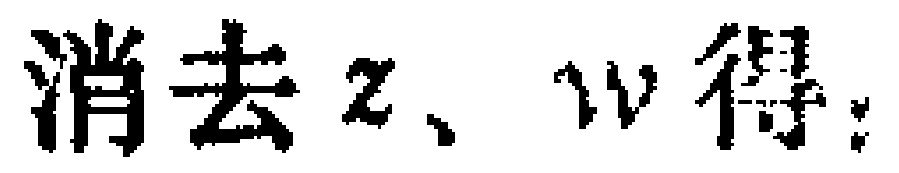
消去\(z\)、\(w\)得：